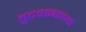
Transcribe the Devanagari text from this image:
तुटवड्याच्या